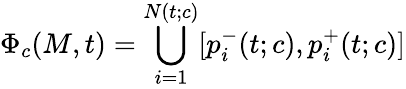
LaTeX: \Phi_{c}(M,t)=\bigcup_{i=1}^{N(t;c)}[p_{i}^{-}(t;c),p_{i}^{+}(t;c)]